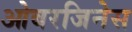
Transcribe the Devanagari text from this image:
ओबरजिनेस